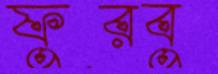
ফুরবু